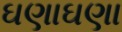
ઘણાઘણા